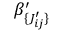
\beta _ { \lbrace J _ { i j } ^ { \prime } \rbrace } ^ { \prime }